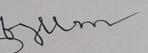
Signature authenticity: forged